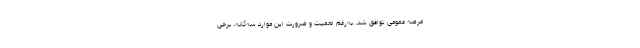
عرصه عمومی توافق شد. به‌رغم اهمیت و ضرورت این موارد سه‌گانه، برخی